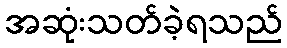
အဆုံးသတ်ခဲ့ရသည်